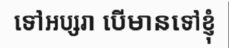
ទៅអប្សរា បើមានទៅខ្ញុំ